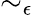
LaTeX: \sim_{\epsilon}